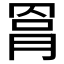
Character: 𦋀